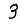
Digit: 3